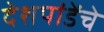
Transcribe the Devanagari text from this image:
देशपांडेंचे